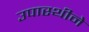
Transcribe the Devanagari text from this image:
उपास्थीने